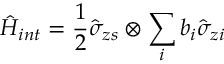
\hat { H } _ { i n t } = \frac { 1 } { 2 } \hat { \sigma } _ { z s } \otimes \sum _ { i } b _ { i } \hat { \sigma } _ { z i }